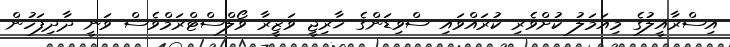
އިސްރާއީލުގެ މިއަމަލު ކުށްވެރި ކުރައްވައި ސްވިޑަންގެ ޚާރިޖީ ވަޒީރާ ވޯލްސްޓްރަމްވެސް ވަނީ ދާދިފަހުން